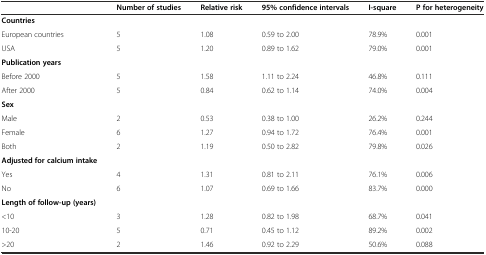
<table><thead><tr><td></td><td><b>Number of studies</b></td><td><b>Relative risk</b></td><td><b>95% confidence intervals</b></td><td><b>I-square</b></td><td><b>P for heterogeneity</b></td></tr></thead><tbody><tr><td><b>Countries</b></td><td></td><td></td><td></td><td></td><td></td></tr><tr><td>European countries</td><td>5</td><td>1.08</td><td>0.59 to 2.00</td><td>78.9%</td><td>0.001</td></tr><tr><td>USA</td><td>5</td><td>1.20</td><td>0.89 to 1.62</td><td>79.0%</td><td>0.001</td></tr><tr><td><b>Publication years</b></td><td></td><td></td><td></td><td></td><td></td></tr><tr><td>Before 2000</td><td>5</td><td>1.58</td><td>1.11 to 2.24</td><td>46.8%</td><td>0.111</td></tr><tr><td>After 2000</td><td>5</td><td>0.84</td><td>0.62 to 1.14</td><td>74.0%</td><td>0.004</td></tr><tr><td><b>Sex</b></td><td></td><td></td><td></td><td></td><td></td></tr><tr><td>Male</td><td>2</td><td>0.53</td><td>0.38 to 1.00</td><td>26.2%</td><td>0.244</td></tr><tr><td>Female</td><td>6</td><td>1.27</td><td>0.94 to 1.72</td><td>76.4%</td><td>0.001</td></tr><tr><td>Both</td><td>2</td><td>1.19</td><td>0.50 to 2.82</td><td>79.8%</td><td>0.026</td></tr><tr><td><b>Adjusted for calcium intake</b></td><td></td><td></td><td></td><td></td><td></td></tr><tr><td>Yes</td><td>4</td><td>1.31</td><td>0.81 to 2.11</td><td>76.1%</td><td>0.006</td></tr><tr><td>No</td><td>6</td><td>1.07</td><td>0.69 to 1.66</td><td>83.7%</td><td>0.000</td></tr><tr><td><b>Length of follow-up (years)</b></td><td></td><td></td><td></td><td></td><td></td></tr><tr><td>&lt;10</td><td>3</td><td>1.28</td><td>0.82 to 1.98</td><td>68.7%</td><td>0.041</td></tr><tr><td>10-20</td><td>5</td><td>0.71</td><td>0.45 to 1.12</td><td>89.2%</td><td>0.002</td></tr><tr><td>&gt;20</td><td>2</td><td>1.46</td><td>0.92 to 2.29</td><td>50.6%</td><td>0.088</td></tr></tbody></table>